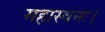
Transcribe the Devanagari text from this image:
महास्वनः।